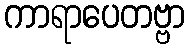
ကာရာပေတဗ္ဗာ